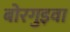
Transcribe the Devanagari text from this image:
बोरगुइवा